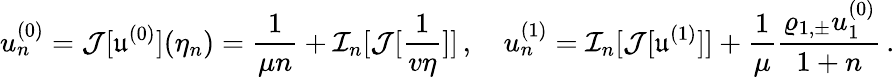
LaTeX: u_{n}^{(0)}={\cal J}[\mathfrak{u}^{(0)}](\eta_{n})=\frac{1}{\mu n}+{\cal I}_{n}[{\mathcal J}[\frac{1}{v\eta}]]\, ,\quad u_{n}^{(1)}={\cal I}_{n}[{\cal J}[\mathfrak{u}^{(1)}]]+\frac{1}{\mu}\frac{\varrho_{1,\pm}u_{1}^{(0)}}{1+n}\, .